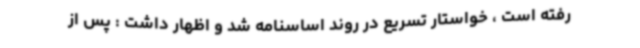
رفته است ، خواستار تسریع در روند اساسنامه شد و اظهار داشت : پس از